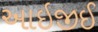
આઇજીઈ